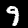
Label: 9